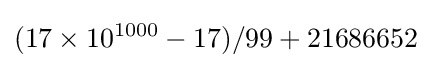
(17\times 10^{1000}-17)/99+21686652